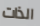
الذات